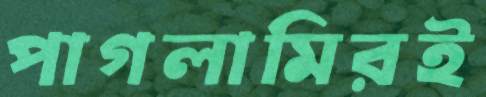
পাগলামিরই